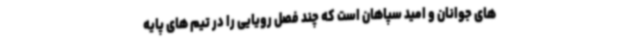
های جوانان و امید سپاهان است که چند فصل رویایی را در تیم های پایه